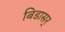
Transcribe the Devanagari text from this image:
बिडासर्